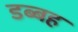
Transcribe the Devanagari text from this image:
डब्बह